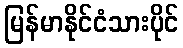
မြန်မာနိုင်ငံသားပိုင်